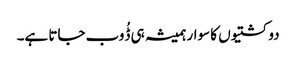
دو کشتیوں کا سوار ہمیشہ ہی ڈُوب جاتا ہے۔